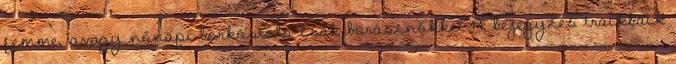
femme, avagy nőnapi borkóstoló csak borásznőkkel A bejegyzés trackback